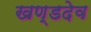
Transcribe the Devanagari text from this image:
खण्डदेव